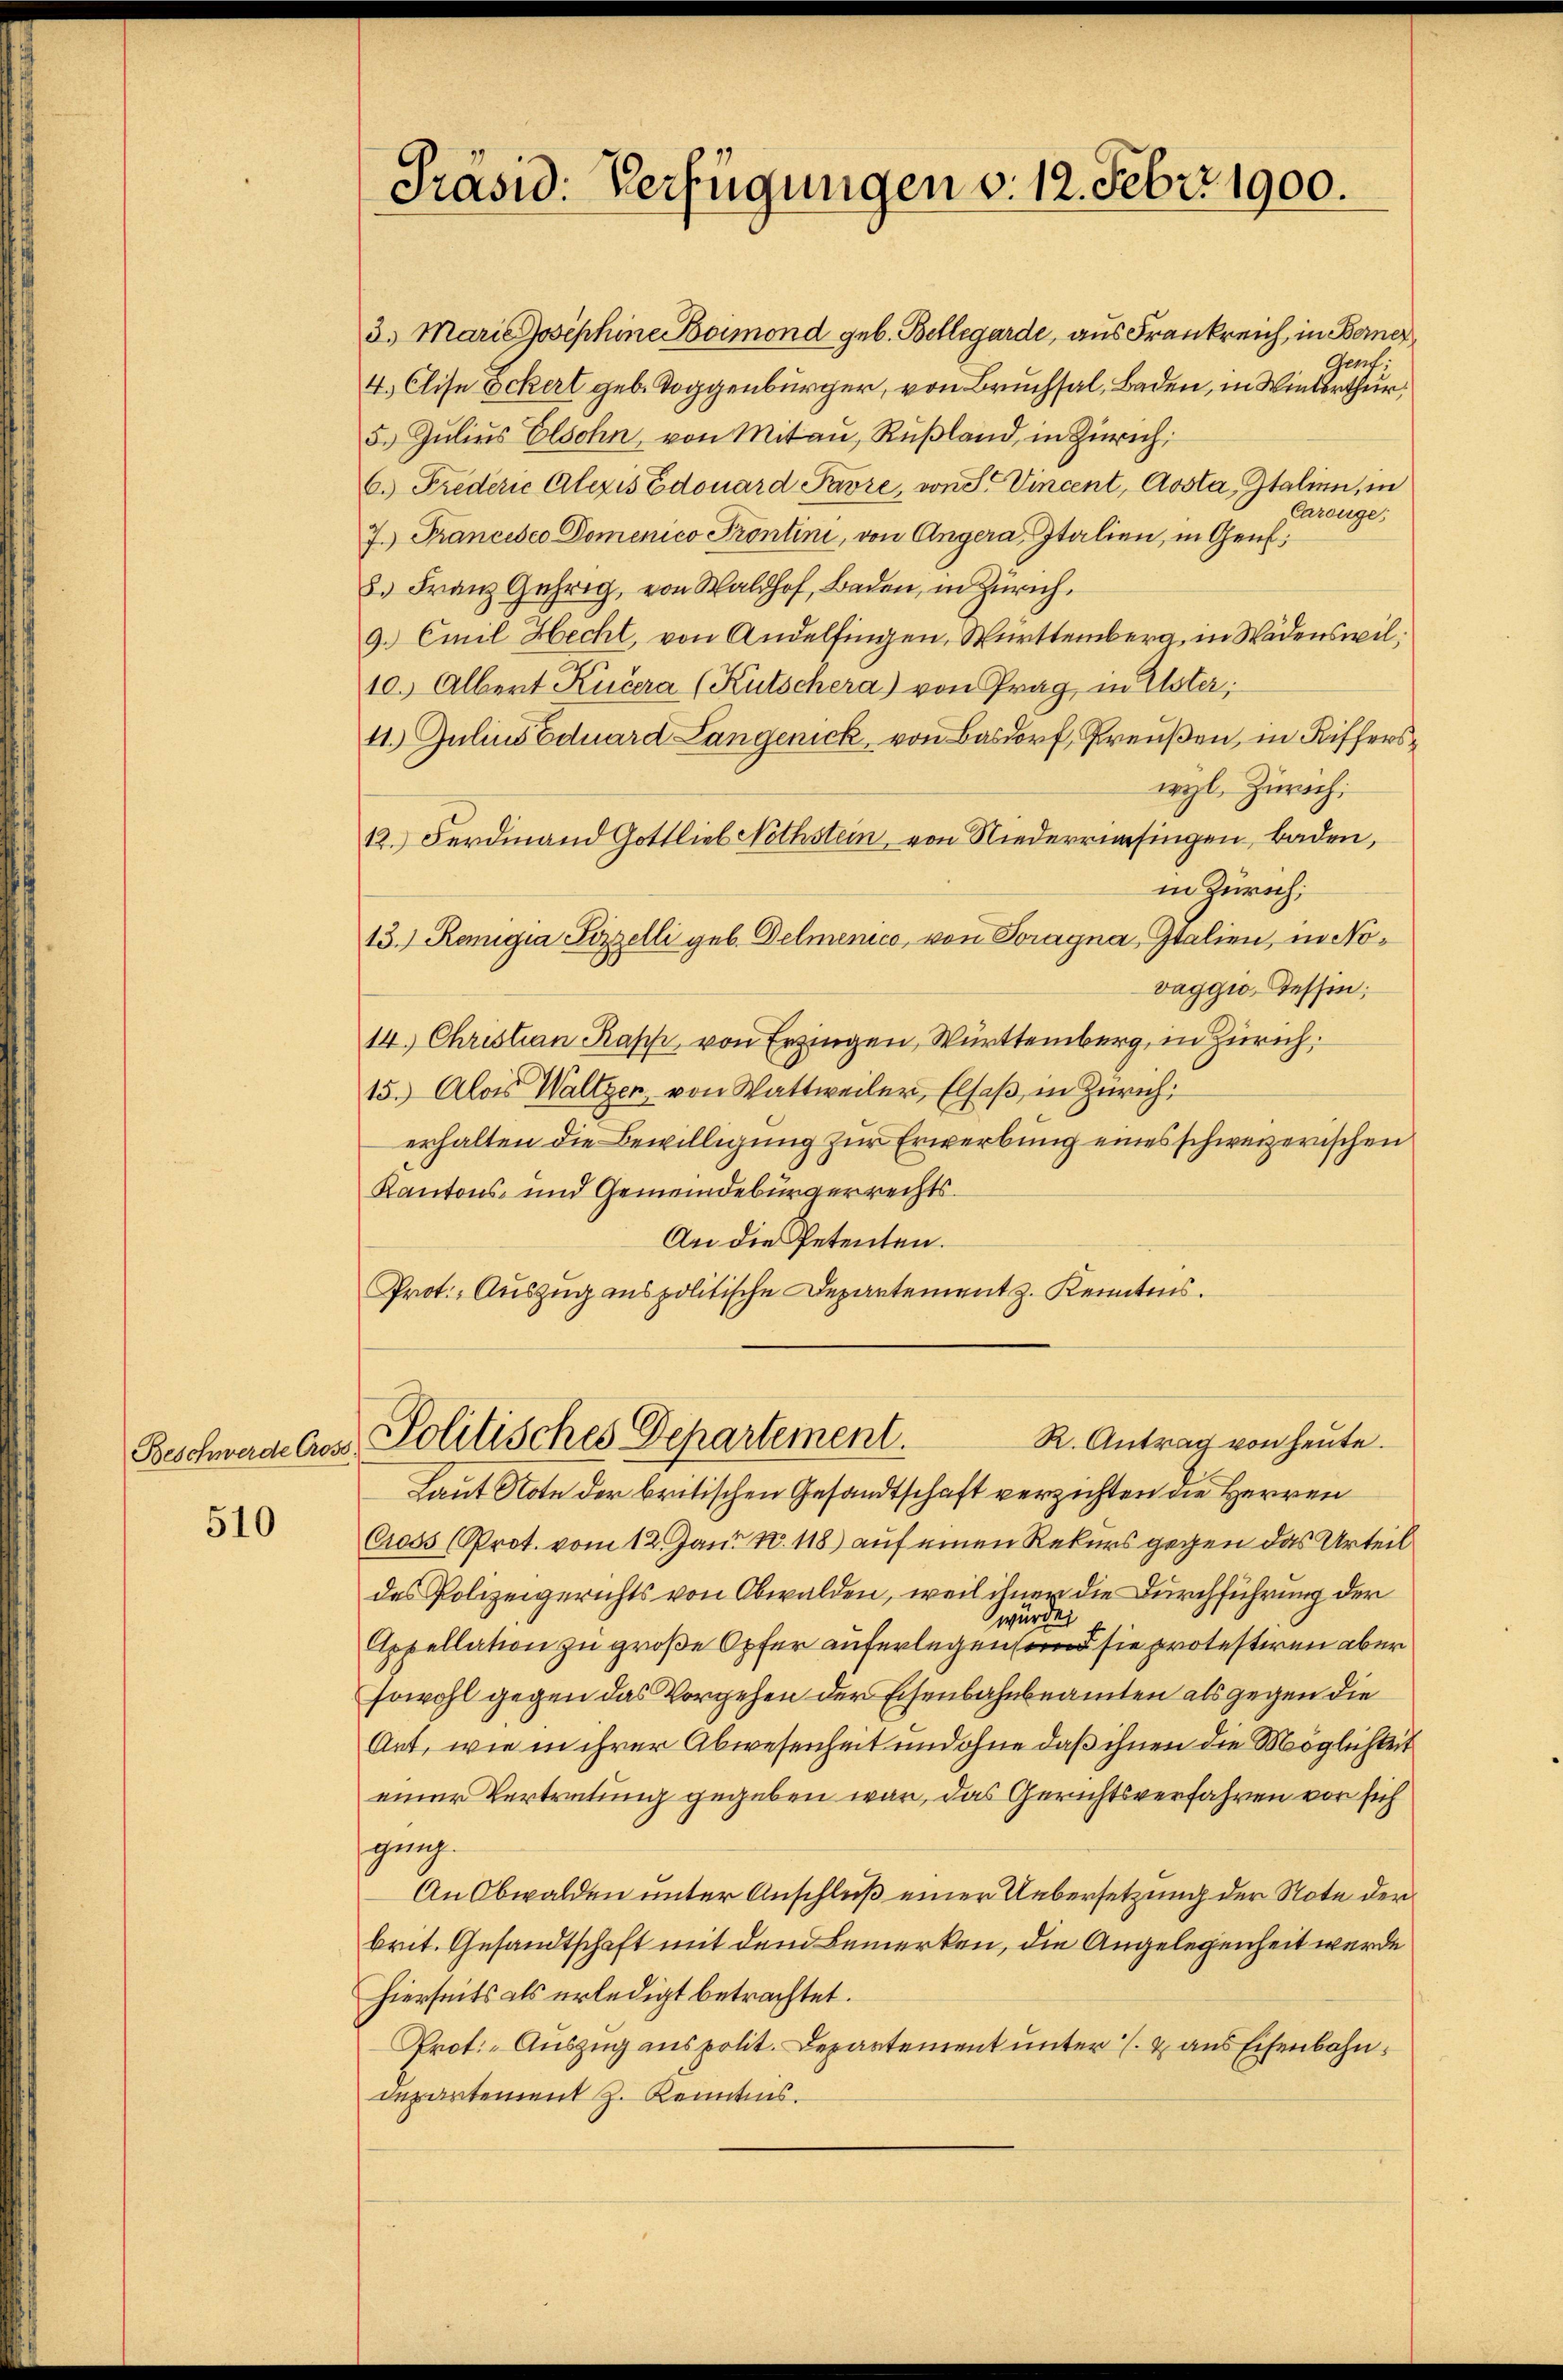
Beschwerde Cross

510

Präsid: Verfügungen v. 12. Febr. 1900.

3. Maria Josephine Boimond geb. Bellegarde, aus Frankreich, in Berner,
Genf,
4.) Elise öckerl geb. Toggenbürger, von Bruchsal, Baden, in Winterthur,
5. Jŭliŭs Elsohn, von Mitan, Rußland, in Zürich
6. Frederić Alexis Edouard Pavre, von Sr. Vincent, Aosta, Italien, in
Carouge;
7. Francesco Domenico Prontini, von Angera, Italien, in Genf,
8. Franz Gehrig, von Waldhof, Baden, in Zürich.
9. Emil Hecht, von Andelfingen, Württemberg, in Wädenswil¬
10. Albert Küčera (Kutschera) von Prag, in Uster;
11. Julius Eduard Langenick, von Basdorf, Preußen, in Rifferswyl, Zürich.
12. Ferdinand Gottliel Nothstein, von Niederrisingen, Baden,
in Zürich;
13.) Remigia Sizzelli geb. Delmenico, von Poragna Italien, in Novaggio, Tessin;
14. Christian Kassi, von Erzingen, Württemberg, in Zürich
15. Alois Waltzen, von Wattweiler, Elsaβ in Zürich
erhalten die Bewilligung zur Erwerbung eines schweizerischen
Kantons- und Gemeindebürgerrechts¬
An die Petenten.
Prot. Auszug anspolitische Departement z. Kenntens.

Politisches Departement.
R. Antrag von heute.

Laut Note der britischen Gesandtschaft verzichten die Herren
Cross (Prot. vom 12. Jan. N. 118) auf einen Rekurs gegen das Urteil
des Polizeigerichts von Obwalden, weil ihner die Durchführung der
wurde
Appellation zu große Opfer auferlegen und sie protestiren aber
sowohl gegen das Vorgehen der Eisenbahnbeamten als gegen die
Art, wie in ihrer Abwesenheit und ohne daß ihnen die Möglichkeit
einer Vertretung gegeben war, das Gerichtsverfahren vor sich
gung.
An Obwalden unter Anschluß einer Uebersetzung der Note der
brit. Gesandtschaft mit dem Bemerken, die Angelegenheit werde
hierseits als erledigt betrachtet.
Prot. - Auszug aus polit. Departement unter & aus Eisenbahn¬
Departement z. Kenntnis.